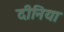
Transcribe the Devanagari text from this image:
दीनिया